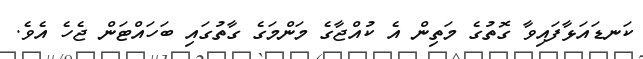
ކަނޑައަޅާފައިވާ ގޮތުގެ މަތިން އެ ކުއްޖާގެ މަންމަގެ ގާތުގައި ބަހައްޓަން ޖެހެ އެވެ.